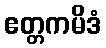
ဧတ္တကမိဒံ